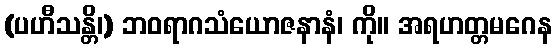
(ပဟီသန္တိ၊) ဘဝရာဂသံယောဇနာနံ၊ ကို။ အရဟတ္တမဂေန